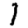
Digit: 1